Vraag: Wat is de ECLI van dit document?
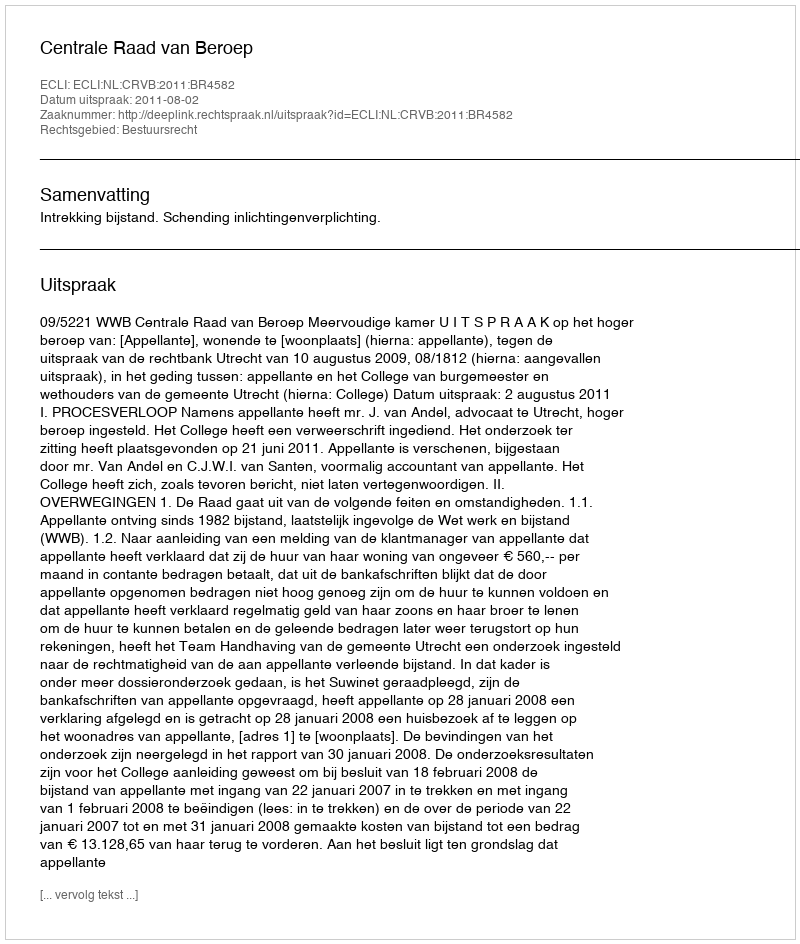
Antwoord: ECLI:NL:CRVB:2011:BR4582